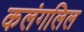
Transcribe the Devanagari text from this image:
कलंगलिल